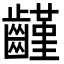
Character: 𪙟